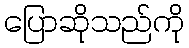
ပြောဆိုသည်ကို